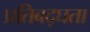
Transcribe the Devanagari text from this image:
प्रतिबद्घता